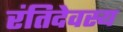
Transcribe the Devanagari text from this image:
रंतिदेवस्य